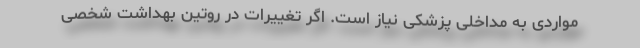
مواردی به مداخلی پزشکی نیاز است. اگر تغییرات در روتین بهداشت شخصی